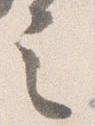
言